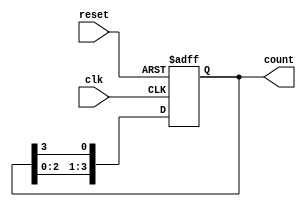
module variable_length_ring_counter #(
    parameter LENGTH = 4  // Default length of the ring counter
)(
    input wire clk,       // Clock input
    input wire reset,     // Asynchronous reset input
    output reg [LENGTH-1:0] count // Output representing the current state
);

    // Internal signal to hold the next state
    reg [LENGTH-1:0] next_count;

    always @(posedge clk or posedge reset) begin
        if (reset) begin
            // Initialize the counter to the first state
            count <= 1'b1; // Set the first flip-flop to '1'
        end else begin
            // Shift the '1' through the ring
            count <= next_count;
        end
    end

    always @(*) begin
        // Calculate the next state based on the current state
        next_count = {count[LENGTH-2:0], count[LENGTH-1]}; // Shift left
    end

endmodule